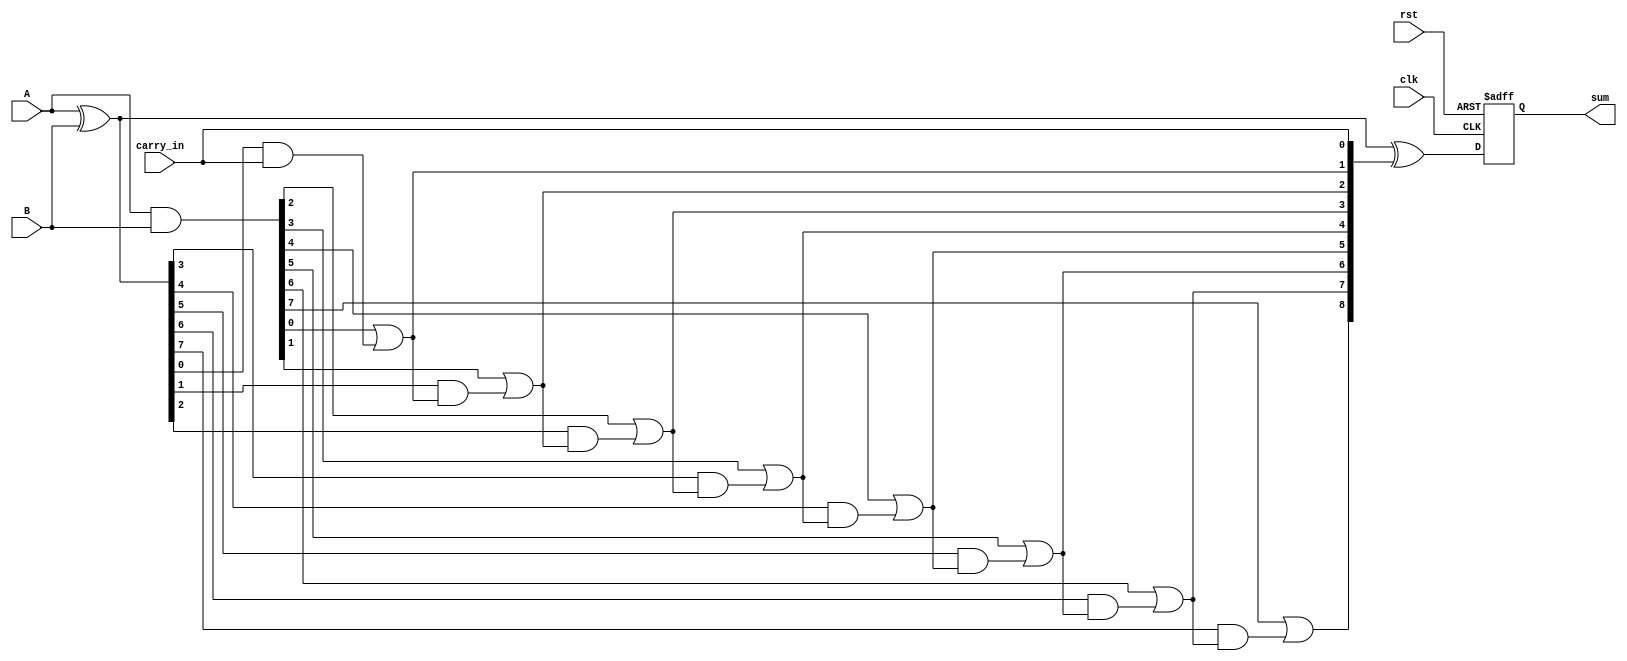
module PrecomputationCarryAdder #(parameter N = 8) (
    input wire clk,                             // Clock signal
    input wire rst,                             // Reset signal
    input wire [N-1:0] A,                      // First input number
    input wire [N-1:0] B,                      // Second input number
    input wire carry_in,                        // Input carry
    output reg [N:0] sum                       // Output sum (N+1 bits)
);

    // Intermediate carry array
    wire [N:0] carry;                           // Carry array
    wire [N-1:0] G, P;                         // Generate and propagate signals

    // Generate and Propagate Logic
    assign G = A & B;                            // Generate
    assign P = A ^ B;                            // Propagate

    // Carry Calculation
    assign carry[0] = carry_in;                  // Initial carry_in
    generate
        genvar i;
        for (i = 1; i <= N; i = i + 1) begin : carry_logic
            assign carry[i] = G[i-1] | (P[i-1] & carry[i-1]);  // Carry generate logic
        end
    endgenerate

    // Sum Calculation
    always @(posedge clk or posedge rst) begin
        if (rst) begin
            sum <= 0;                           // Reset sum
        end else begin
            sum <= P ^ carry;                  // Sum calculation using propagate and carry
        end
    end

endmodule